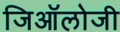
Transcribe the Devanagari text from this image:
जिऑलोजी